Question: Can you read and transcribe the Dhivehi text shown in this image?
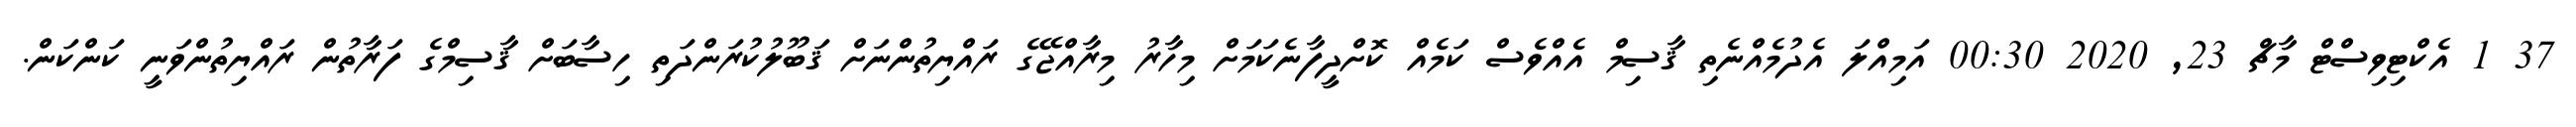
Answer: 37 1 އެކްޓިވިސްޓް މާޗް 23, 2020 00:30 އަމިއްލަ އެދުމެއްނެތި ޤާސިމް އެއްވެސް ކަމެއް ކޮށްދީފާނެކަމަށް މިހާރު މިރާއްޖޭގެ ރައްޔިތުންނަށް ޤަބޫލުކުރަންދަތި ހިސާބަށް ޤާސިމްގެ ފަރާތުން ރައްޔިތުންވަނީ ކަންކަން.